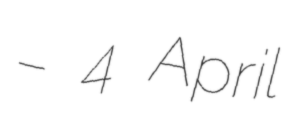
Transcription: – 4 April